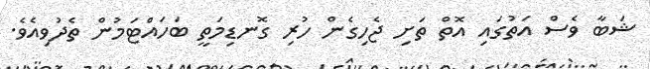
ޝަބާ ވެސް އަތުގައި އޮތް ތަށި ޖެހިގެން ހުރި ގޮނޑިމަތީ ބަހައްޓަމުން ތެދުވިއެވެ.